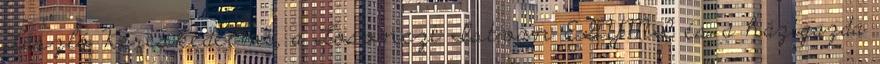
László Kereskedelmi, a Losonczi István EGYMI és a házigazda